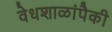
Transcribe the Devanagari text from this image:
वेधशाळांपैकी